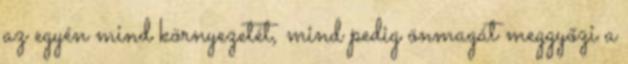
az egyén mind környezetét, mind pedig önmagát meggyőzi a